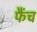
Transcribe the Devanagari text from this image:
फैंच